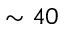
\sim 4 0